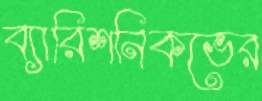
ব্যারিশনিকভের